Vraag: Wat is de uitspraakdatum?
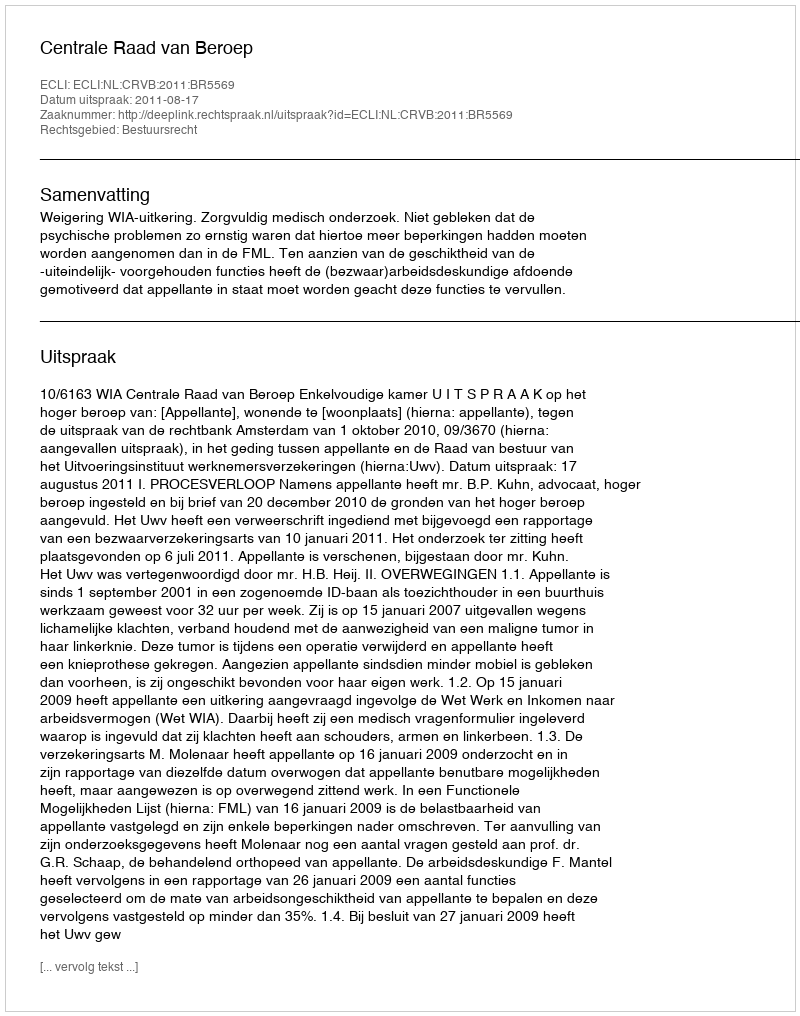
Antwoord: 2011-08-17